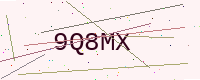
Text: 9Q8MX